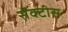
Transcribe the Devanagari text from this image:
सेंक्टीस